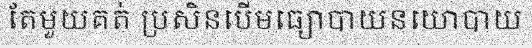
តែមួយគត់ ប្រសិនបើមធ្យោបាយនយោបាយ